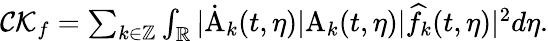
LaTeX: \begin{array}{r}{\mathcal{CK}_{f}=\sum_{k\in\mathbb{Z}}\int_{\mathbb{R}}|\dot{\mathrm{A}}_{k}(t,\eta)|\mathrm{A}_{k}(t,\eta)|\widehat{f}_{k}(t,\eta)|^{2}d\eta.}\end{array}